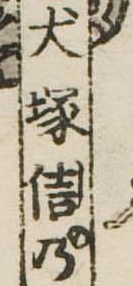
犬塚信乃